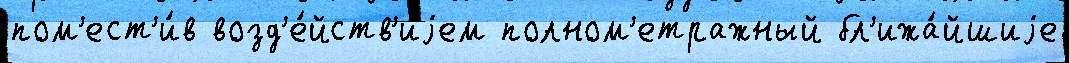
пом'ест'и́в возд'е́йств'иjем полном'етражный бл'ижа́йшиjе